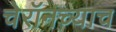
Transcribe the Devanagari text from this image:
चेरॉनच्याच